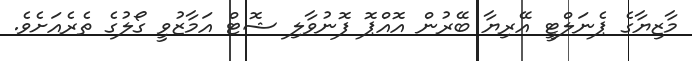
މާޒިޔާގެ ޕެނަލްޓީ އޭރިޔާ ބޭރުން އޮއްޕޮ ފޮނުވާލި ޝޮޓް އަމާޒުވީ ގޯލުގެ ތެރެއަށެވެ.